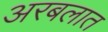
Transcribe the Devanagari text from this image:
अरबलात